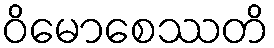
ဝိမောစေဿတိ